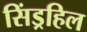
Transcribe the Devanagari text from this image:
सिंड्रहिल